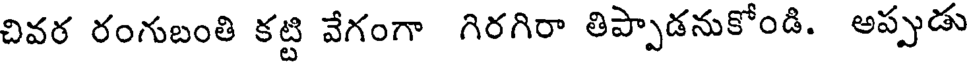
చివర రంగుబంతి కట్టి వేగంగా గిరగిరా తిప్పాడనుకోండి. అప్పుడు